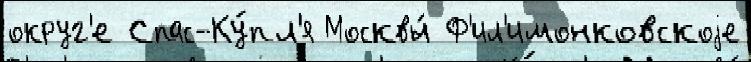
округ'е Спас-Ку́пл'я Москвы́ Ф'ил'имонковскоjе